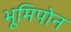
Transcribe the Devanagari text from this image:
भूमिपोन